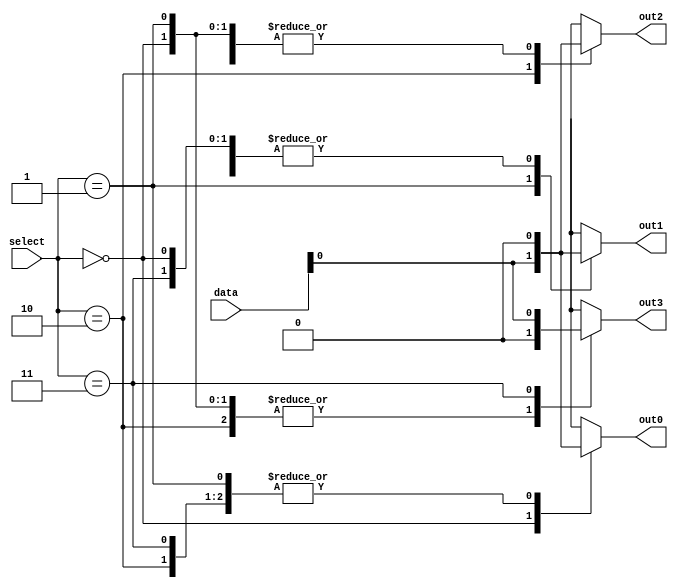
module demux2to4 (
    input wire [1:0] select,
    input wire [1:0] data,
    output reg out0,
    output reg out1,
    output reg out2,
    output reg out3
);

always @(*) begin
    case(select)
        2'b00: begin
            out0 = data[0];
            out1 = 0;
            out2 = 0;
            out3 = 0;
        end
        2'b01: begin
            out0 = 0;
            out1 = data[0];
            out2 = 0;
            out3 = 0;
        end
        2'b10: begin
            out0 = 0;
            out1 = 0;
            out2 = data[0];
            out3 = 0;
        end
        2'b11: begin
            out0 = 0;
            out1 = 0;
            out2 = 0;
            out3 = data[0];
        end
    endcase
end

endmodule